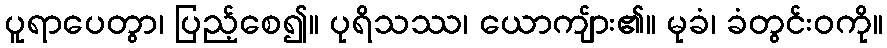
ပူရာပေတွာ၊ ပြည့်စေ၍။ ပုရိသဿ၊ ယောကျ်ား၏။ မုခံ၊ ခံတွင်းဝကို။